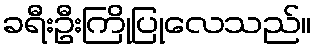
ခရီးဦးကြိုပြုလေသည်။